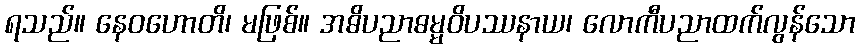
ရသည်။ နေဝဟောတိ၊ မဖြစ်။ အဓိပညာဓမ္မဝိပဿနာယ၊ လောကီပညာထက်လွန်သော